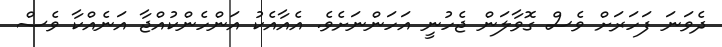
ދެވަނަ ފަހަރަށް ވެސް ގޮވާލަން ޖެހުނީ އަހަންނަށެވެ. އެއާއެކު އަންހެންކުއްޖާ އަނެއްކާ ވެސް